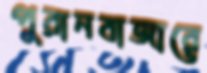
পুরানবাজারে